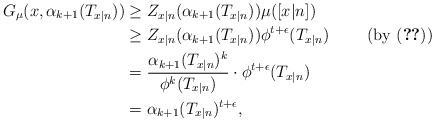
\begin{align*}G_\mu(x,\alpha_{k+1}(T_{x|n}))&\geq Z_{x|n}(\alpha_{k+1}(T_{x|n}))\mu([x|n])\\&\geq Z_{x|n}(\alpha_{k+1}(T_{x|n}))\phi^{t+\epsilon}(T_{x|n})\qquad\mbox{ (by \eqref{e-GZ1})}\\&=\frac{\alpha_{k+1}(T_{x|n})^k}{\phi^k(T_{x|n})}\cdot \phi^{t+\epsilon}(T_{x|n})\\&=\alpha_{k+1}(T_{x|n})^{t+\epsilon},\end{align*}